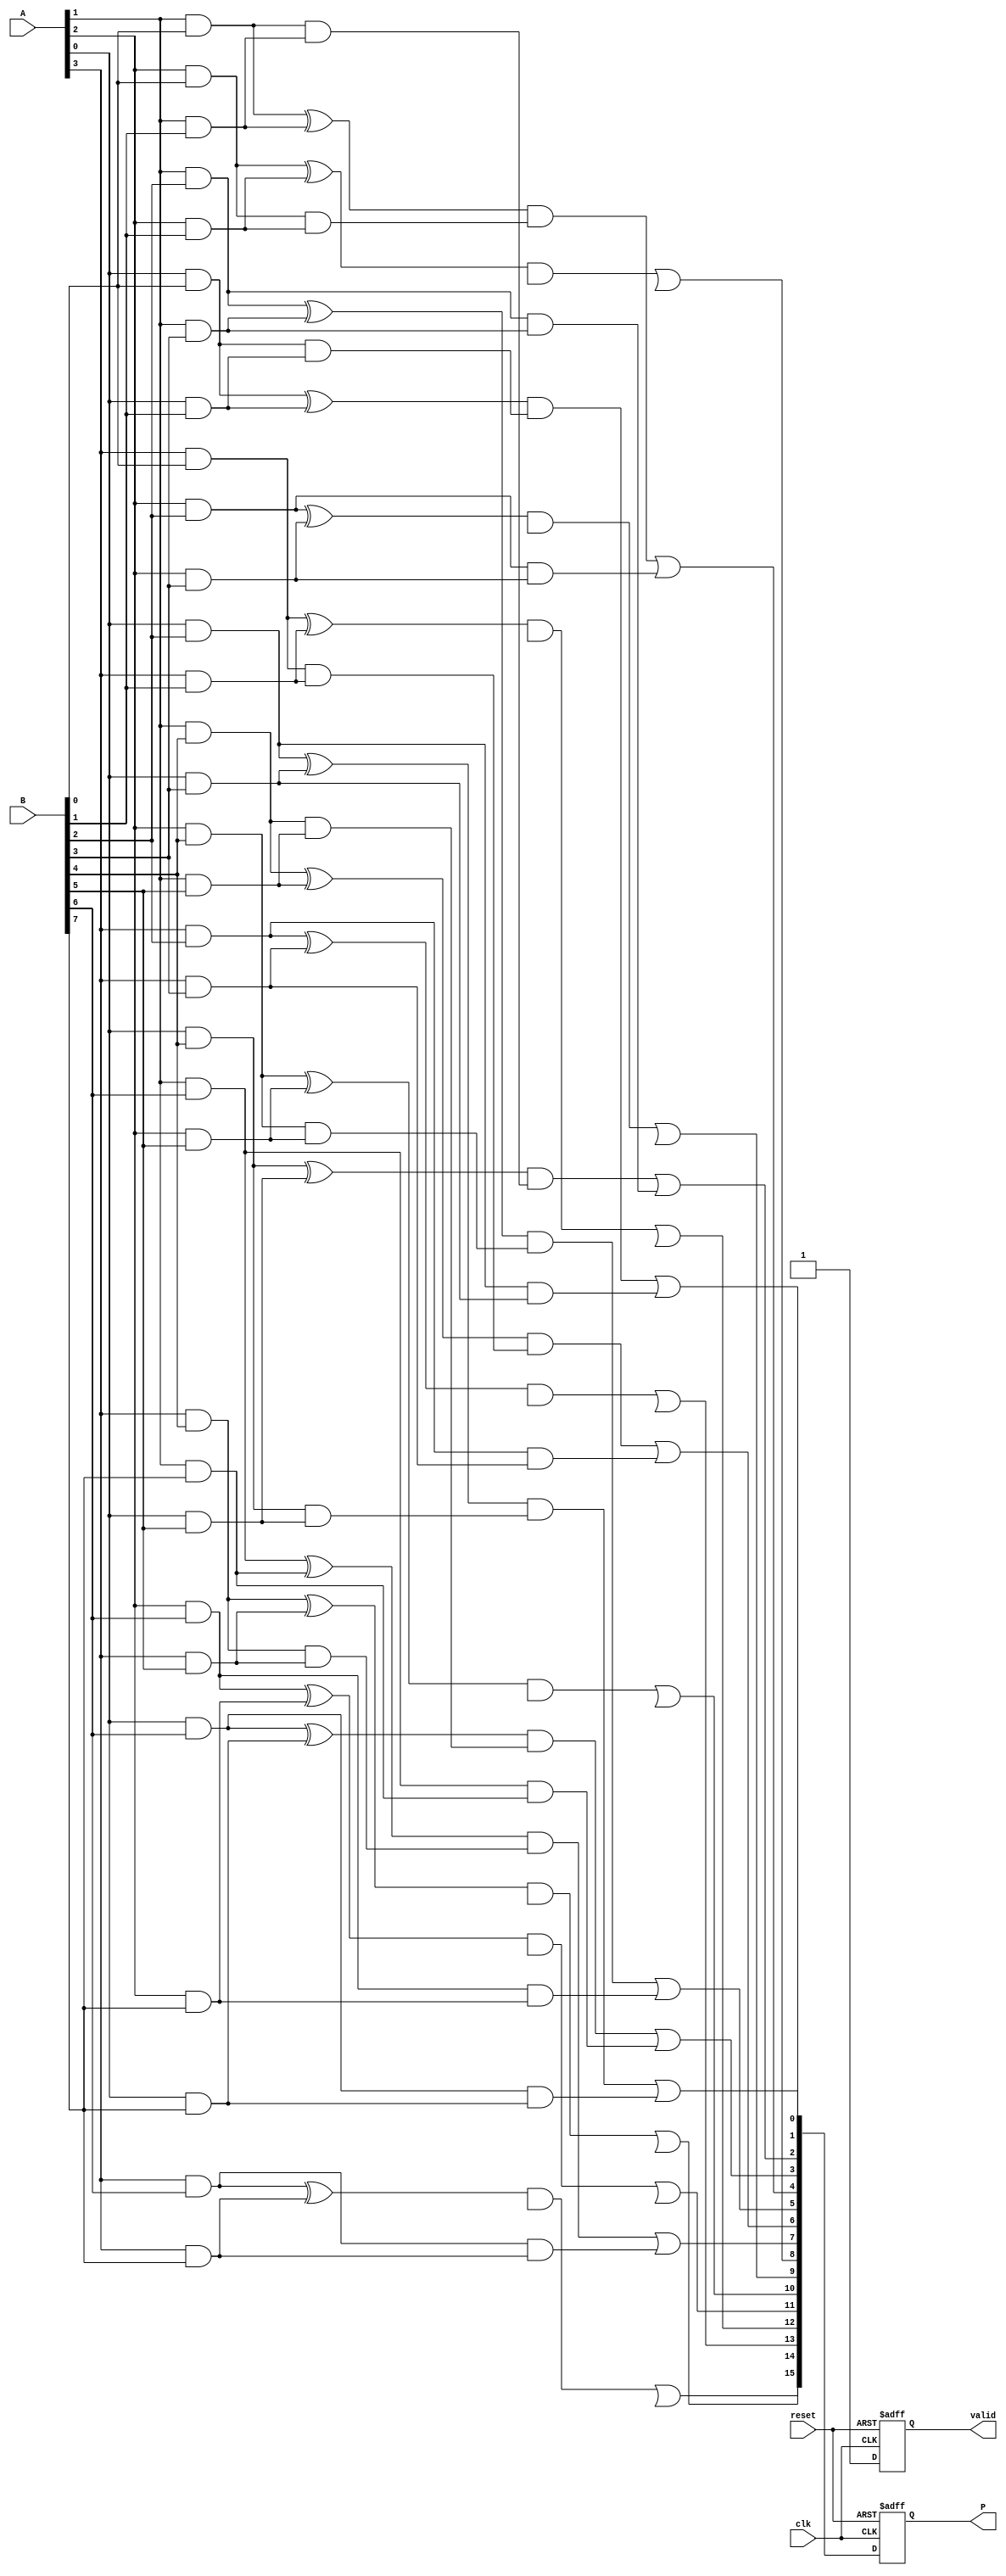
module FixedPointWallaceTreeMultiplier #(
    parameter N = 8, // Bit-width of operand A
    parameter M = 8  // Bit-width of operand B
)(
    input wire [N-1:0] A,         // First operand
    input wire [M-1:0] B,         // Second operand
    input wire clk,                // Clock signal
    input wire reset,              // Asynchronous reset
    output reg [N+M-1:0] P,        // Product output
    output reg valid               // Valid signal
);

    // Internal signals
    wire [N*M-1:0] partial_products;
    wire [N*M-1:0] sum_level1, sum_level2;
    wire [N*M-1:0] carry_level1, carry_level2;
    
    // Generate partial products
    genvar i, j;
    generate
        for (i = 0; i < N; i = i + 1) begin : pp_gen
            for (j = 0; j < M; j = j + 1) begin : pp_gen_inner
                assign partial_products[i*M + j] = A[i] & B[j];
            end
        end
    endgenerate

    // Wallace Tree Reduction (Level 1)
    wire [N*M/2-1:0] half_sum1, half_carry1;
    wire [N*M/4-1:0] full_sum1, full_carry1;

    // Half Adder and Full Adder logic for Level 1
    generate
        for (i = 0; i < N*M/2; i = i + 1) begin : level1
            if (i % 2 == 0) begin
                assign half_sum1[i/2] = partial_products[i] ^ partial_products[i+1];
                assign half_carry1[i/2] = partial_products[i] & partial_products[i+1];
            end
        end
    endgenerate

    // Full Adder for Level 1
    generate
        for (i = 0; i < N*M/4; i = i + 1) begin : full_add_level1
            assign full_sum1[i] = half_sum1[i] ^ half_carry1[i*2];
            assign full_carry1[i] = (half_sum1[i] & half_carry1[i*2]) | half_carry1[i*2+1];
        end
    endgenerate

    // Wallace Tree Reduction (Level 2)
    // Similar logic can be applied for further levels
    // For simplicity, we will assume 2 levels for this example
    // You can extend this to more levels as needed

    // Final Addition
    always @(posedge clk or posedge reset) begin
        if (reset) begin
            P <= 0;
            valid <= 0;
        end else begin
            // Combine results from the last level
            P <= {full_sum1, full_carry1}; // Adjust as necessary for final output
            valid <= 1; // Set valid signal
        end
    end

endmodule